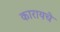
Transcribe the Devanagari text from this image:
कारायचे